Eesti_Rahvusfond, lk 18
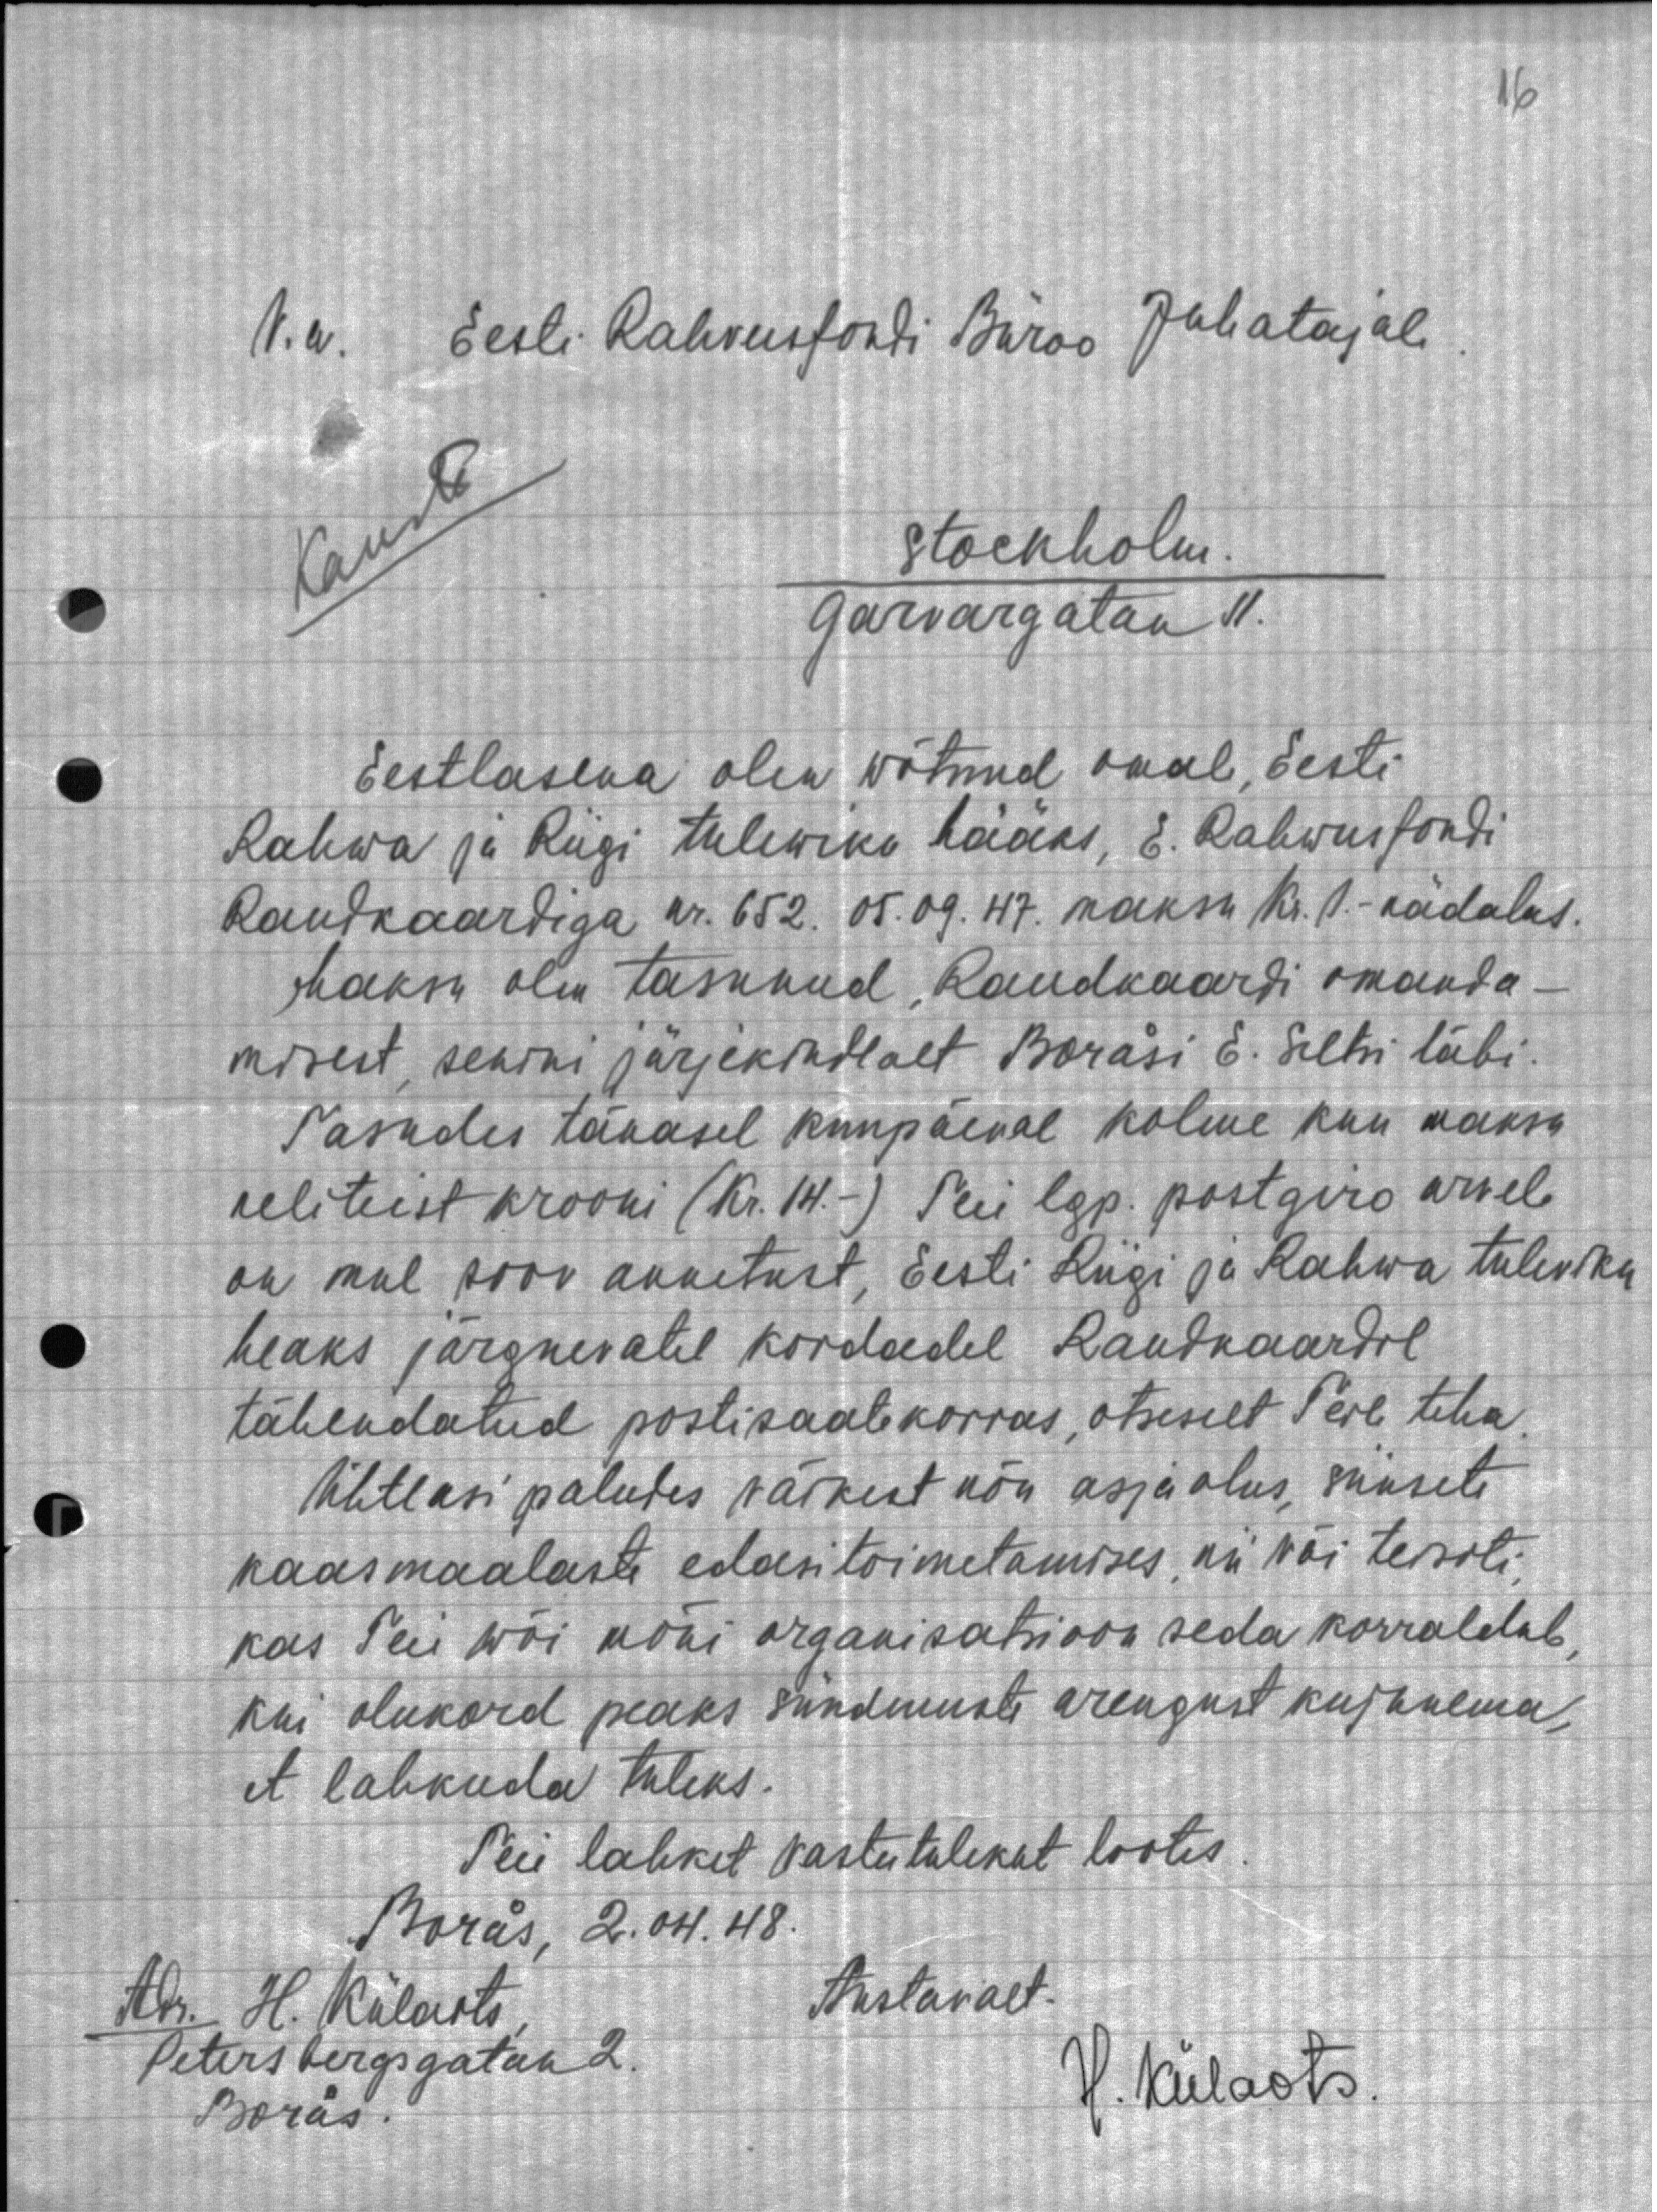
V.a. Eesti Rahvusfondi Büroo Juhatajale
Stockholm
Garvargatan II.
Eestlasena olen wõtnud omal, Eesti
Rahwa ja Riigi tulewiku hääks, E. Rahwusfondi
Raudkaardiga nr. 652. 05. 09. 47. maksu kr. 1. nädalas.
maksu olin tasunud. Raudkaardi omanda
misest, senini järjekindlast Boräsi E. Seltsi läbi
Tasudes tänasel kuupäeval kolme kuu maksa
neliteist krooni (Kr.14.) Teie lgp. postgiro arwel
on mul soov annetust, Eesti Riigi ja Rahwa tuleviku
heaks järgnevatel kordadel Raudkaardil
tähendatud postisaatekorras, otsuselt Teie teha
Ühtlasi palutes väikest nõu asjaolus, siinsete
kaasmaalaste edasitoimetamises, nii või teisiti,
kas Teie wõi mõni organisatsioon seda korraldab,
kui olukord peaks sündmuste arengust kujunema,
et lahkuda tuleks.
Teie lahket vastutulekut lootes
Boras, 2.04. 48.
Adr. H. Külarts
Austavalt.
Petersbergsgatan 2
Boras
H. Külaots